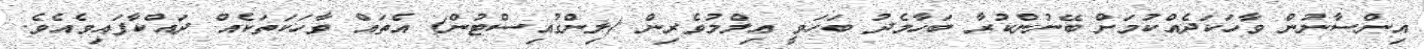
އިންސާނުން ވާހަކަދެއްކުމަށް ބޭނުންކުރާ ބަހާމެދު ބަހަވީ ޢިލްމުވެރިން (ލިންގުއިސްޓުން) އެތައް ވާހަކަތަކެއް ދައްކާފައިވެއެވެ.